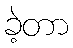
ခဲ့တာ